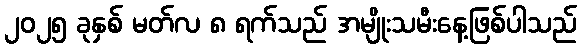
၂၀၂၅ ခုနှစ် မတ်လ ၈ ရက်သည် အမျိုးသမီးနေ့ဖြစ်ပါသည်